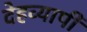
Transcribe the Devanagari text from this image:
देहव्यापी